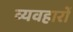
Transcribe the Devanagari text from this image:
व्यवहाराें